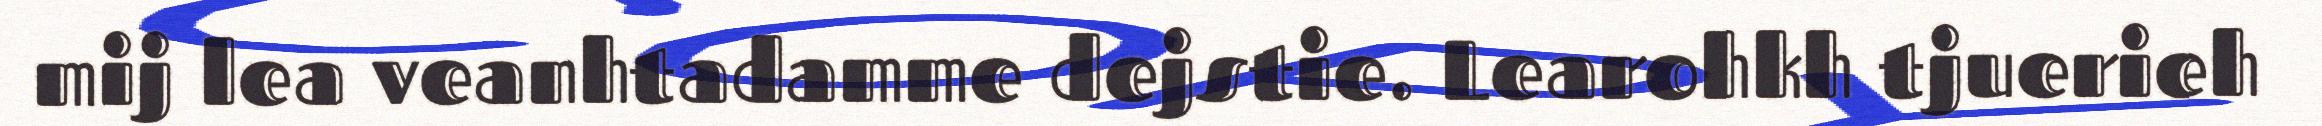
mij lea veanhtadamme dejstie. Learohkh tjuerieh